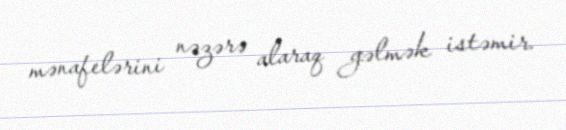
mənafelərini nəzərə alaraq gəlmək istəmir.